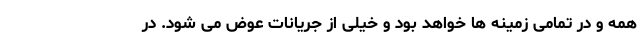
همه و در تمامی زمینه ها خواهد بود و خیلی از جریانات عوض می شود. در